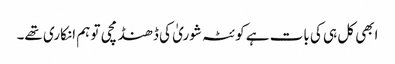
ابھی کل ہی کی بات ہے کوئٹہ شوریٰ کی ڈھنڈ مچی تو ہم انکاری تھے۔